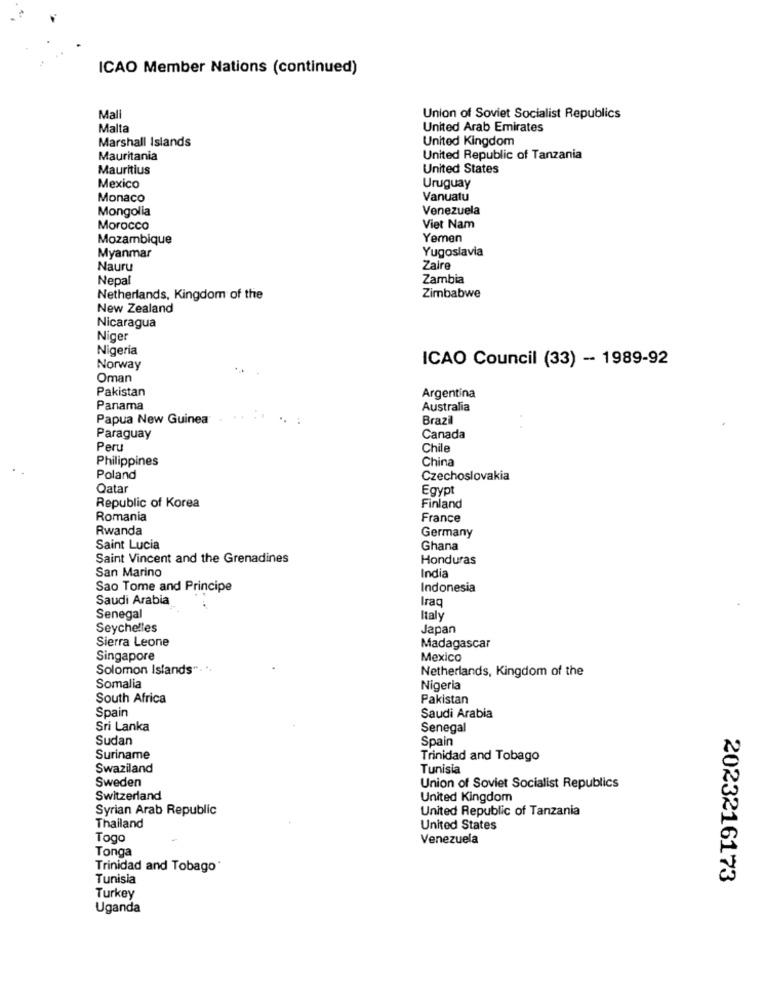
ICAO Member Nations (continued)
Mal
Union of Soviet Socialist Republics
Malta
United Arab Emirates
Marshall Islands
United Kingdom
Mauritania
United Republic of Tanzania
Mauritius
United States
Mexico
Uruguay
Monaco
Vanuatu
Mongolia
Venezuela
Morocco
Viet Nam
Mozambique
Yemen
Yugoslavia
Myanmar
Nauru
Zaire
Nepal
Zambia
Netherlands, Kingdom of the
Zimbabwe
New Zealand
Nicaragua
Niger
Nigeria
ICAO Council (33) -- 1989-92
Norway
Oman
Pakistan
Argentina
Panama
Australia
Papua New Guinea
Brazil
Paraguay
Canada
Peru
Chile
Philippines
China
Poland
Czechoslovakia
Qatar
Egypt
Republic of Korea
Finland
Romania
France
Rwanda
Germany
Saint Lucia
Ghana
Saint Vincent and the Grenadines
Honduras
San Marino
India
Sao Tome and Principe
Indonesia
Saudi Arabia
Iraq
Senegal
Italy
Seychelles
Japan
Sierra Leone
Madagascar
Singapore
Mexico
Solomon Islands .. ..
Netherlands, Kingdom of the
Somalia
Nigeria
South Africa
Pakistan
Spain
Saudi Arabia
Sri Lanka
Senegal
Sudan
Spain
Suriname
Trinidad and Tobago
Swaziland
Tunisia
Sweden
Union of Soviet Socialist Republics
Switzerland
United Kingdom
Syrian Arab Republic
United Republic of Tanzania
Thailand
United States
Togo
Venezuela
Tonga
Trinidad and Tobago
Tunisia
2023216173
Turkey
Uganda